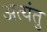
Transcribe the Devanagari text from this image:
अत्यंतु